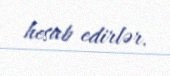
hesab edirlər.